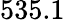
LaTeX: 535.1